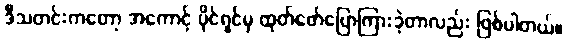
ဒီသတင်းကတော့ အကောင့် ပိုင်ရှင်မှ ထုတ်ဖော်ပြောကြားခဲ့တာလည်း ဖြစ်ပါတယ်။